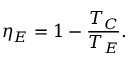
\eta _ { E } = 1 - \frac { T _ { C } } { T _ { E } } .